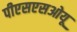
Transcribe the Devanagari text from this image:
पीएसएसओयू